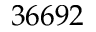
3 6 6 9 2